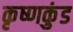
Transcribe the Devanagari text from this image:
कृष्णकुंड